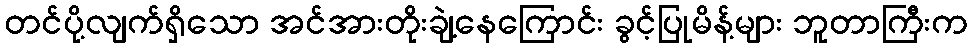
တင်ပို့လျက်ရှိသော အင်အားတိုးချဲ့နေကြောင်း ခွင့်ပြုမိန့်များ ဘူတာကြီးက